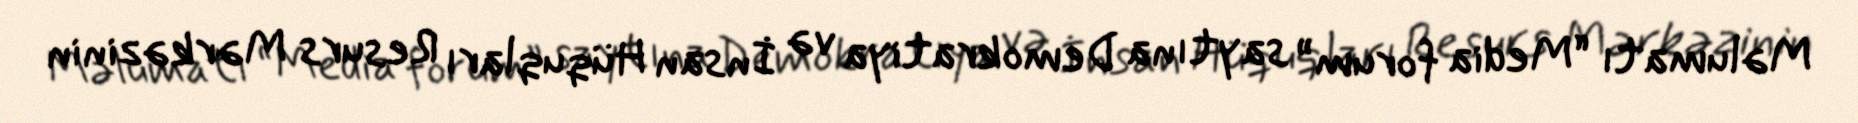
Məlumatı “Media forum” saytına Demokratiya və İnsan Hüquqları Resurs Mərkəzinin